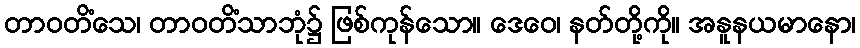
တာဝတိံသေ၊ တာဝတိံသာဘုံ၌ ဖြစ်ကုန်သော။ ဒေဝေ၊ နတ်တို့ကို။ အနူနယမာနော၊